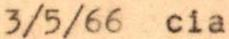
3/5/66 cia